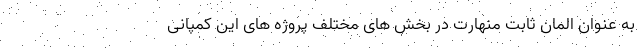
به عنوان المان ثابت منهارت در بخش های مختلف پروژه های این کمپانی